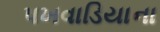
પખવાડિયાના